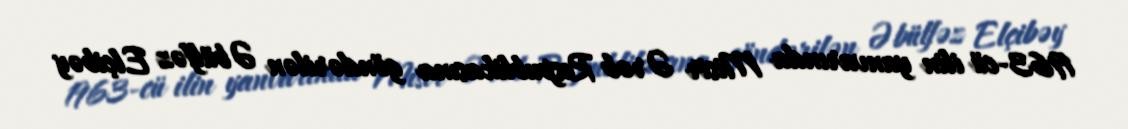
1963-cü ilin yanvarında Misir Ərəb Respublikasına göndərilən Əbülfəz Elçibəy